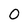
Character: 0